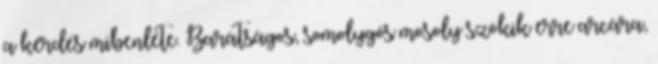
a kérdés mibenléte. Barátságos, somolygós mosoly szökik erre arcára,